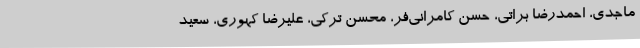
ماجدی، احمدرضا براتی، حسن کامرانی‌فر، محسن ترکی، علیرضا کهوری، سعید